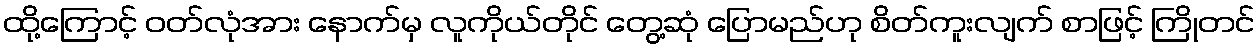
ထို့ကြောင့် ဝတ်လုံအား နောက်မှ လူကိုယ်တိုင် တွေ့ဆုံ ပြောမည်ဟု စိတ်ကူးလျက် စာဖြင့် ကြိုတင်